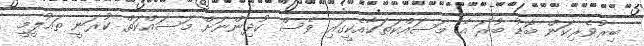
ބިރުވެރިކަން ބޮޑު ބުރަ އެ މަސައްކަތަކާއެކީގައި ވެސް ކުދިންނަށް މަސައްކަތް ކުރަނީ ތައުލީމީ